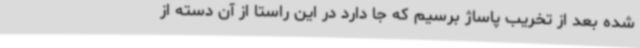
شده بعد از تخریب پاساژ برسیم که جا دارد در این راستا از آن دسته از